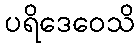
ပရိဒေဝေသိ